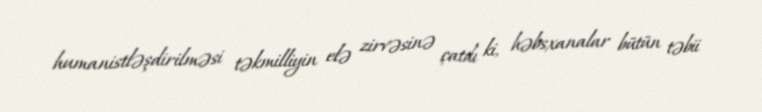
humanistləşdirilməsi təkmilliyin elə zirvəsinə çatdı ki, həbsxanalar bütün təbii